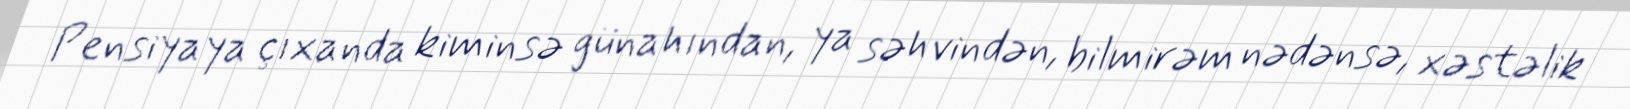
Pensiyaya çıxanda kiminsə günahından, ya səhvindən, bilmirəm nədənsə, xəstəlik